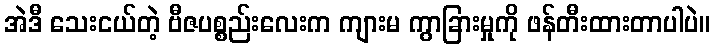
အဲဒီ သေးငယ်တဲ့ ဗီဇပစ္စည်းလေးက ကျားမ ကွာခြားမှုကို ဖန်တီးထားတာပါပဲ။